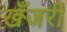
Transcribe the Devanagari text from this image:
खँजरी